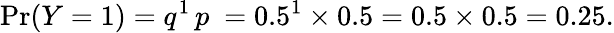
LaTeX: \operatorname*{Pr}(Y=1)=q^{1}\, p\ =0.5^{1}\times 0.5=0.5\times 0.5=0.25.